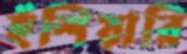
হঁশিয়ারি